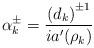
LaTeX: \begin{align*}\alpha_{k}^{\pm}=\frac{\left( d_{k}\right) ^{\pm1}}{ia^{\prime}(\rho_{k})}\end{align*}